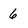
Character: 6